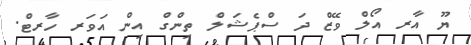
ޔޫ އާރ އޯލް ވޭޒް ދަ ސްޕެޝަލް ތިންގް އިން އަވަރ ހާރޓް.